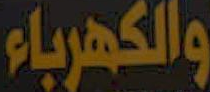
والكهرباء